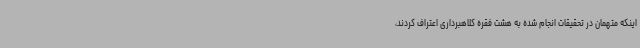
اینکه متهمان در تحقیقات انجام شده به هشت فقره کلاهبرداری اعتراف کردند،